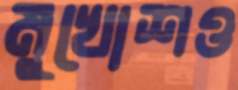
মুখোশও